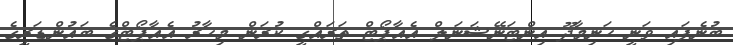
ބުނެފައި ވަނީ ހަނިމާދޫ އިންޓަނޭޝަނަލް އެއާޕޯޓް ތަރައްގީ ކުރަން މިހާރު އެއާޕޯޓްގެ ބައުންޑަރީގެ